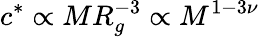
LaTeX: c^{*}\propto MR_{g}^{-3}\propto M^{1-3\nu}